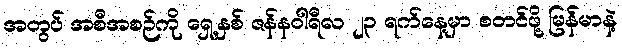
အတွပ် အစီအစဉ်ကို ရှေ့နှစ် ဇန်နဝါရီလ ၂၃ ရက်နေ့မှာ စတင်ဖို့ မြန်မာနဲ့